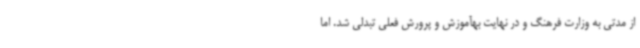
از مدتی به وزارت فرهنگ و در نهایت بهآموزش و پرورش فعلی تبدلی شد. اما